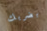
بضربك